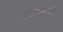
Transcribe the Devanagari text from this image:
अटकुन